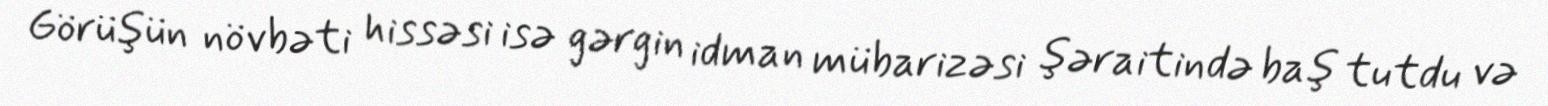
Görüşün növbəti hissəsi isə gərgin idman mübarizəsi şəraitində baş tutdu və